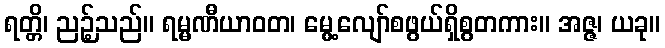
ရတ္တိ၊ ညဉ့်သည်။ ရမ္မဏီယာဝတ၊ မွေ့လျော်စဖွယ်ရှိစွတကား။ အဇ္ဇ၊ ယခု။